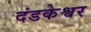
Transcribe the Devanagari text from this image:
दंडकेश्वर